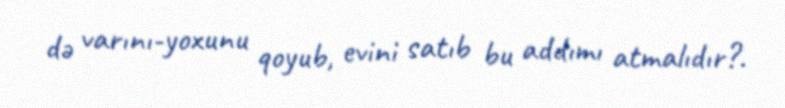
də varını-yoxunu qoyub, evini satıb bu addımı atmalıdır?.